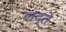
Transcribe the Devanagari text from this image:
लदते